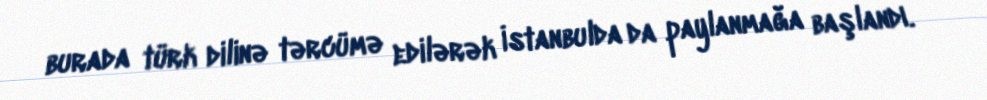
burada türk dilinə tərcümə edilərək İstanbulda da paylanmağa başlandı.